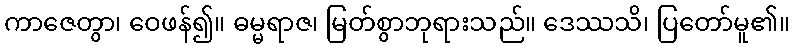
ကာဇေတွာ၊ ဝေဖန်၍။ ဓမ္မရာဇ၊ မြတ်စွာဘုရားသည်။ ဒေဿသိ၊ ပြတော်မူ၏။